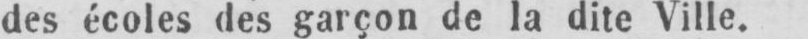
des écoles des garçon de la dite Ville.